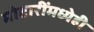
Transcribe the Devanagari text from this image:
मोटारींमध्येही